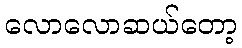
လောလောဆယ်တော့